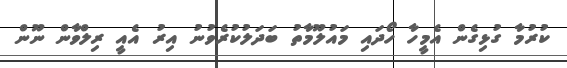
ކުރުމާ ގުޅިގެން އެމީހާ ހޯދައި މައުލޫމާތު ބަދަލުކުރެވުނު އިރު އެއީ ރިލްވާން ނޫން